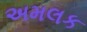
અમલક